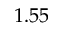
1 . 5 5